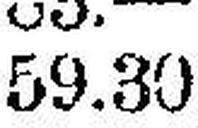
59.30